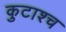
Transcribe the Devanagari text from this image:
कुटाश्च